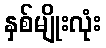
နှစ်မျိုးလုံး